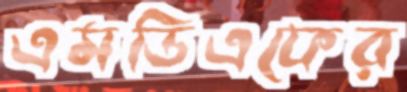
এমডিএফের